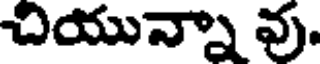
చియున్నా వు.